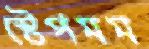
স্টেপমম